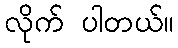
လိုက် ပါတယ်။